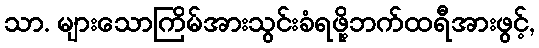
သာ. များသောကြိမ်အားသွင်းခံရဖို့ဘက်ထရီအားဖွင့်,